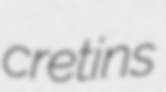
cretins